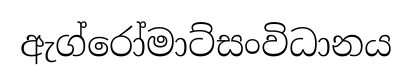
ඇග්රෝමාට්සංවිධානය